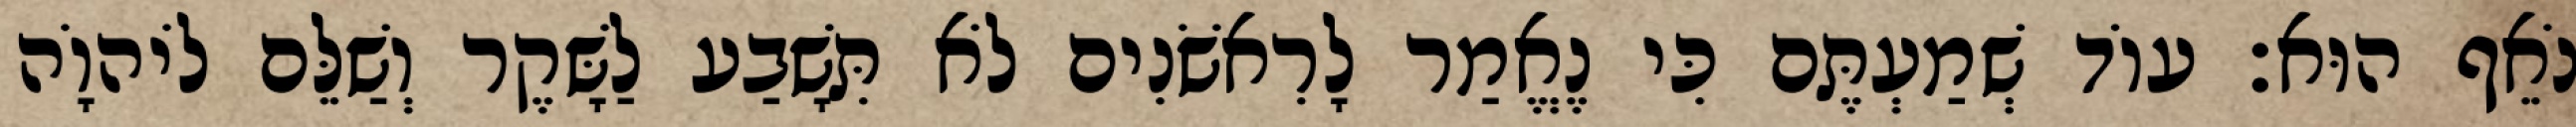
נֹאֵף הוּא׃ עוֹד שְׁמַעְתֶּם כִּי נֶאֱמַר לָרִאשֹׁנִים לֹא תִּשָׁבַע לַשָּׁקֶר וְשַׁלֵּם לֹיהוָֹה